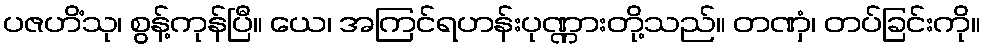
ပဇဟိံသု၊ စွန့်ကုန်ပြီ။ ယေ၊ အကြင်ရဟန်းပုဏ္ဏားတို့သည်။ တဏှံ၊ တပ်ခြင်းကို။